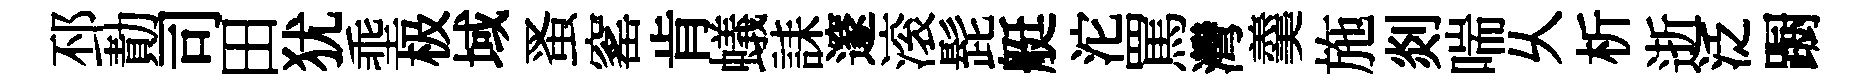
邳勣司田犹埀极域蚤窰肯蟻誄邃滚髭艇沱罵灣羹施剡喘乆析逝泛蹰